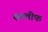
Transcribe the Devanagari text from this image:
सरलीफ